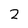
Character: 2